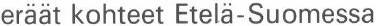
eräät kohteet Etelä-Suomessa